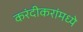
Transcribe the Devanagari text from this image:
करंदीकरांमध्ये